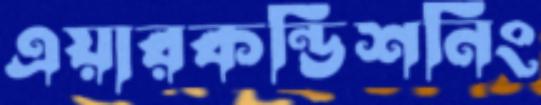
এয়ারকন্ডিশনিং